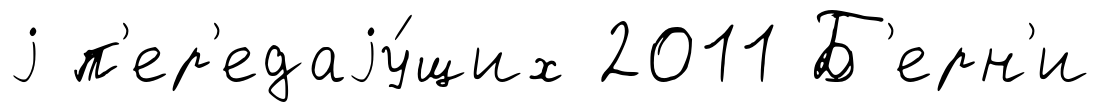
j п'ер'едаjу́щих 2011 Б'ерн'и